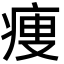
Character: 痩